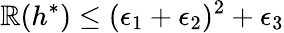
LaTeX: \mathbb{R}(h^{*})\leq(\epsilon_{1}+\epsilon_{2})^{2}+\epsilon_{3}